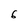
Character: 6